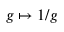
g \mapsto 1 / g